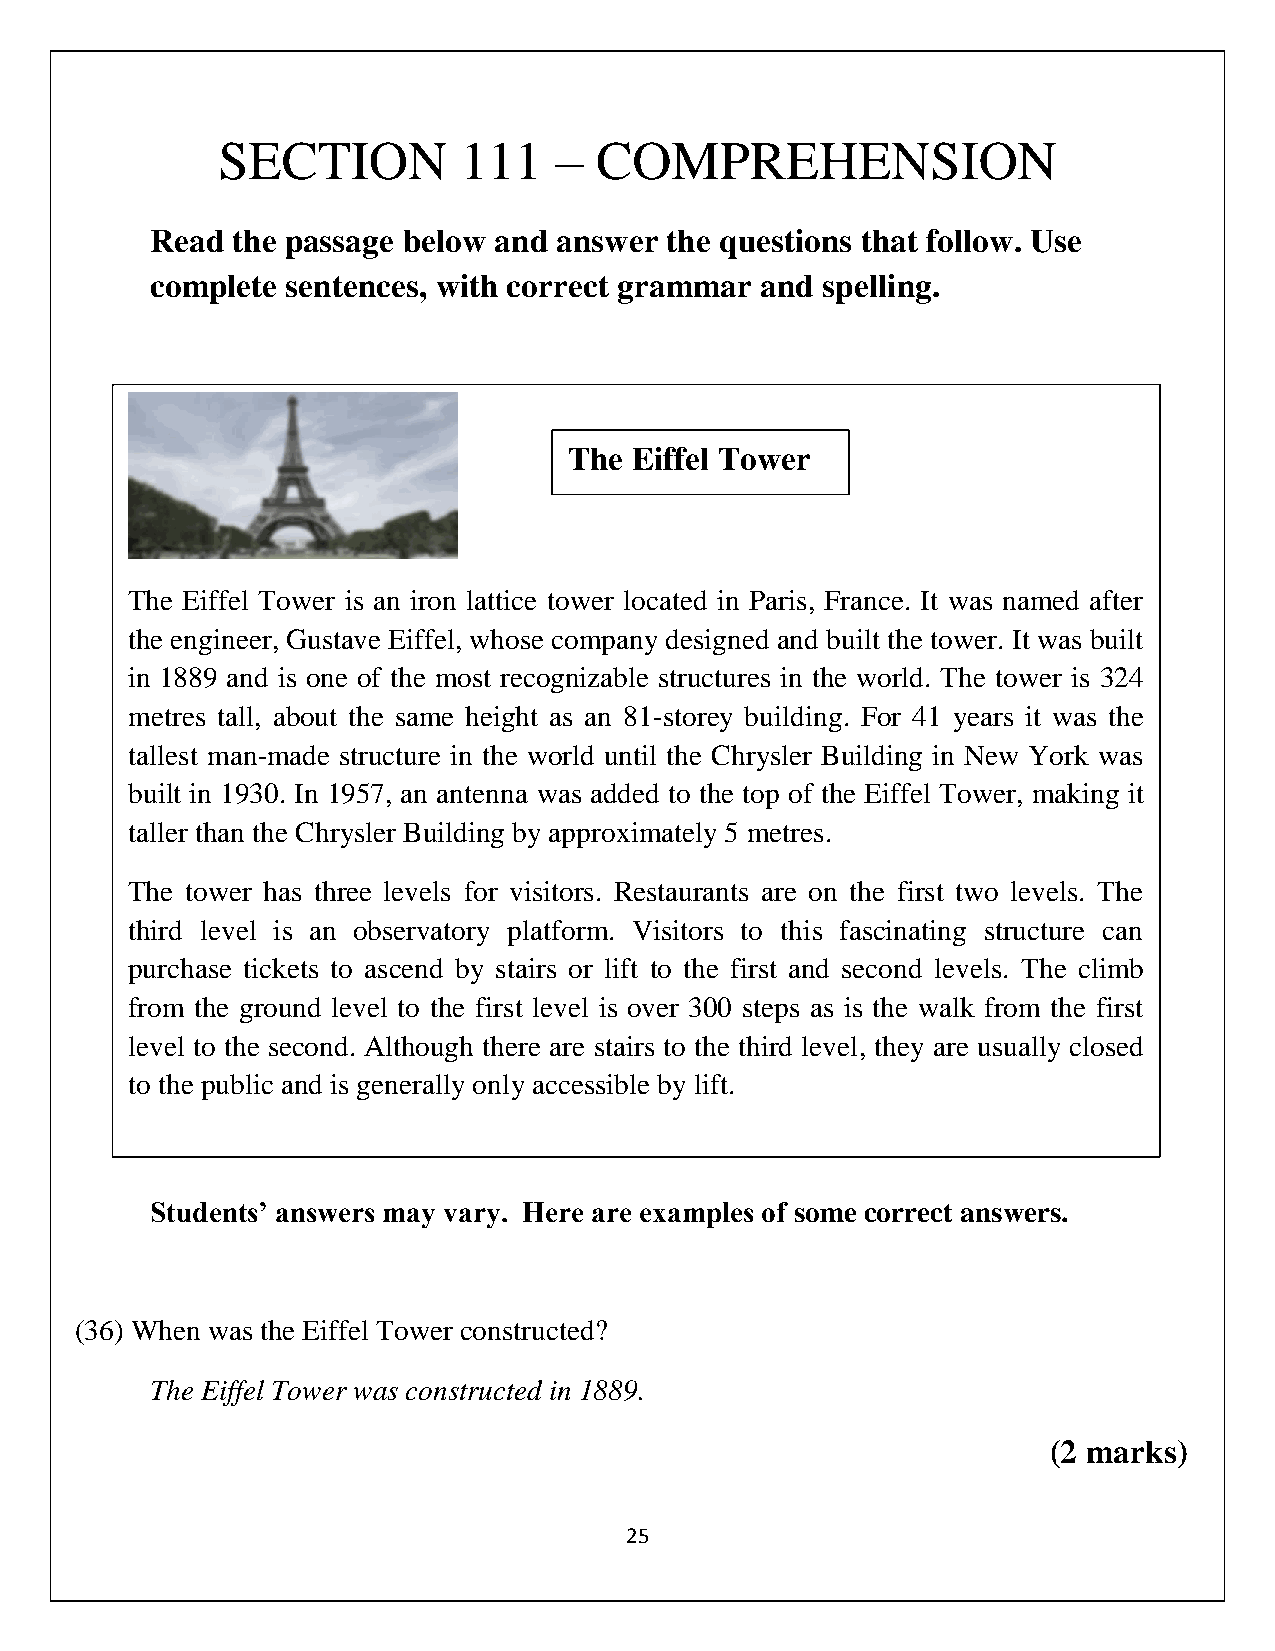
SECTION         111    – COMPREHENSION
 Read the passage below and answer the questions that follow. Use
 complete sentences, with correct grammar and spelling.
 The Eiffel Tower
 mmmmmm
 The Eiffel Tower is an iron lattice tower located in Paris, France. It was named after
 th e engin eer, G ustave Eiffel , whos e com pany d esigne d and built th e towe r. It w as bui lt
 in 1889 and is one of the m ost rec ogniz able st ructure s in th e wor ld. The towe r is 32 4
 metres tall, about the same height as an 81-storey building. For 41 years it was the
 tallest man-made structure in the world until the Chrysler Building in New York was
 built in 1930. In 1957, an antenna was added to the top of the Eiffel Tower, making it
 taller than the Chrysler Building by approximately 5 metres.
 The tower has three levels for visitors. Restaurants are on the first two levels. The
 third level is an observatory platform. Visitors to this fascinating structure can
 pu rchase ticket s to a scend by sta irs or lift to the fir st and secon d leve ls. Th e clim b
 fro m the groun d leve l to th e first level i s over 300 s teps as is the walk from the firs t
 level to the second. Although there are stairs to the third level, they are usually closed
 to the public and is generally only accessible by lift.
 Students’ answers may vary. Here are examples of some correct answers.
 (36) When was the Eiffel Tower constructed?
 The Eiffel Tower was constructed in 1889.
 (2 marks)
 25